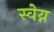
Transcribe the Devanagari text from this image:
स्वेय्न